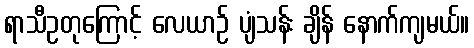
ရာသီဥတုကြောင့် လေယာဉ် ပျံသန်း ချိန် နောက်ကျမယ်။